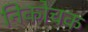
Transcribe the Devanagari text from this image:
निकोचक